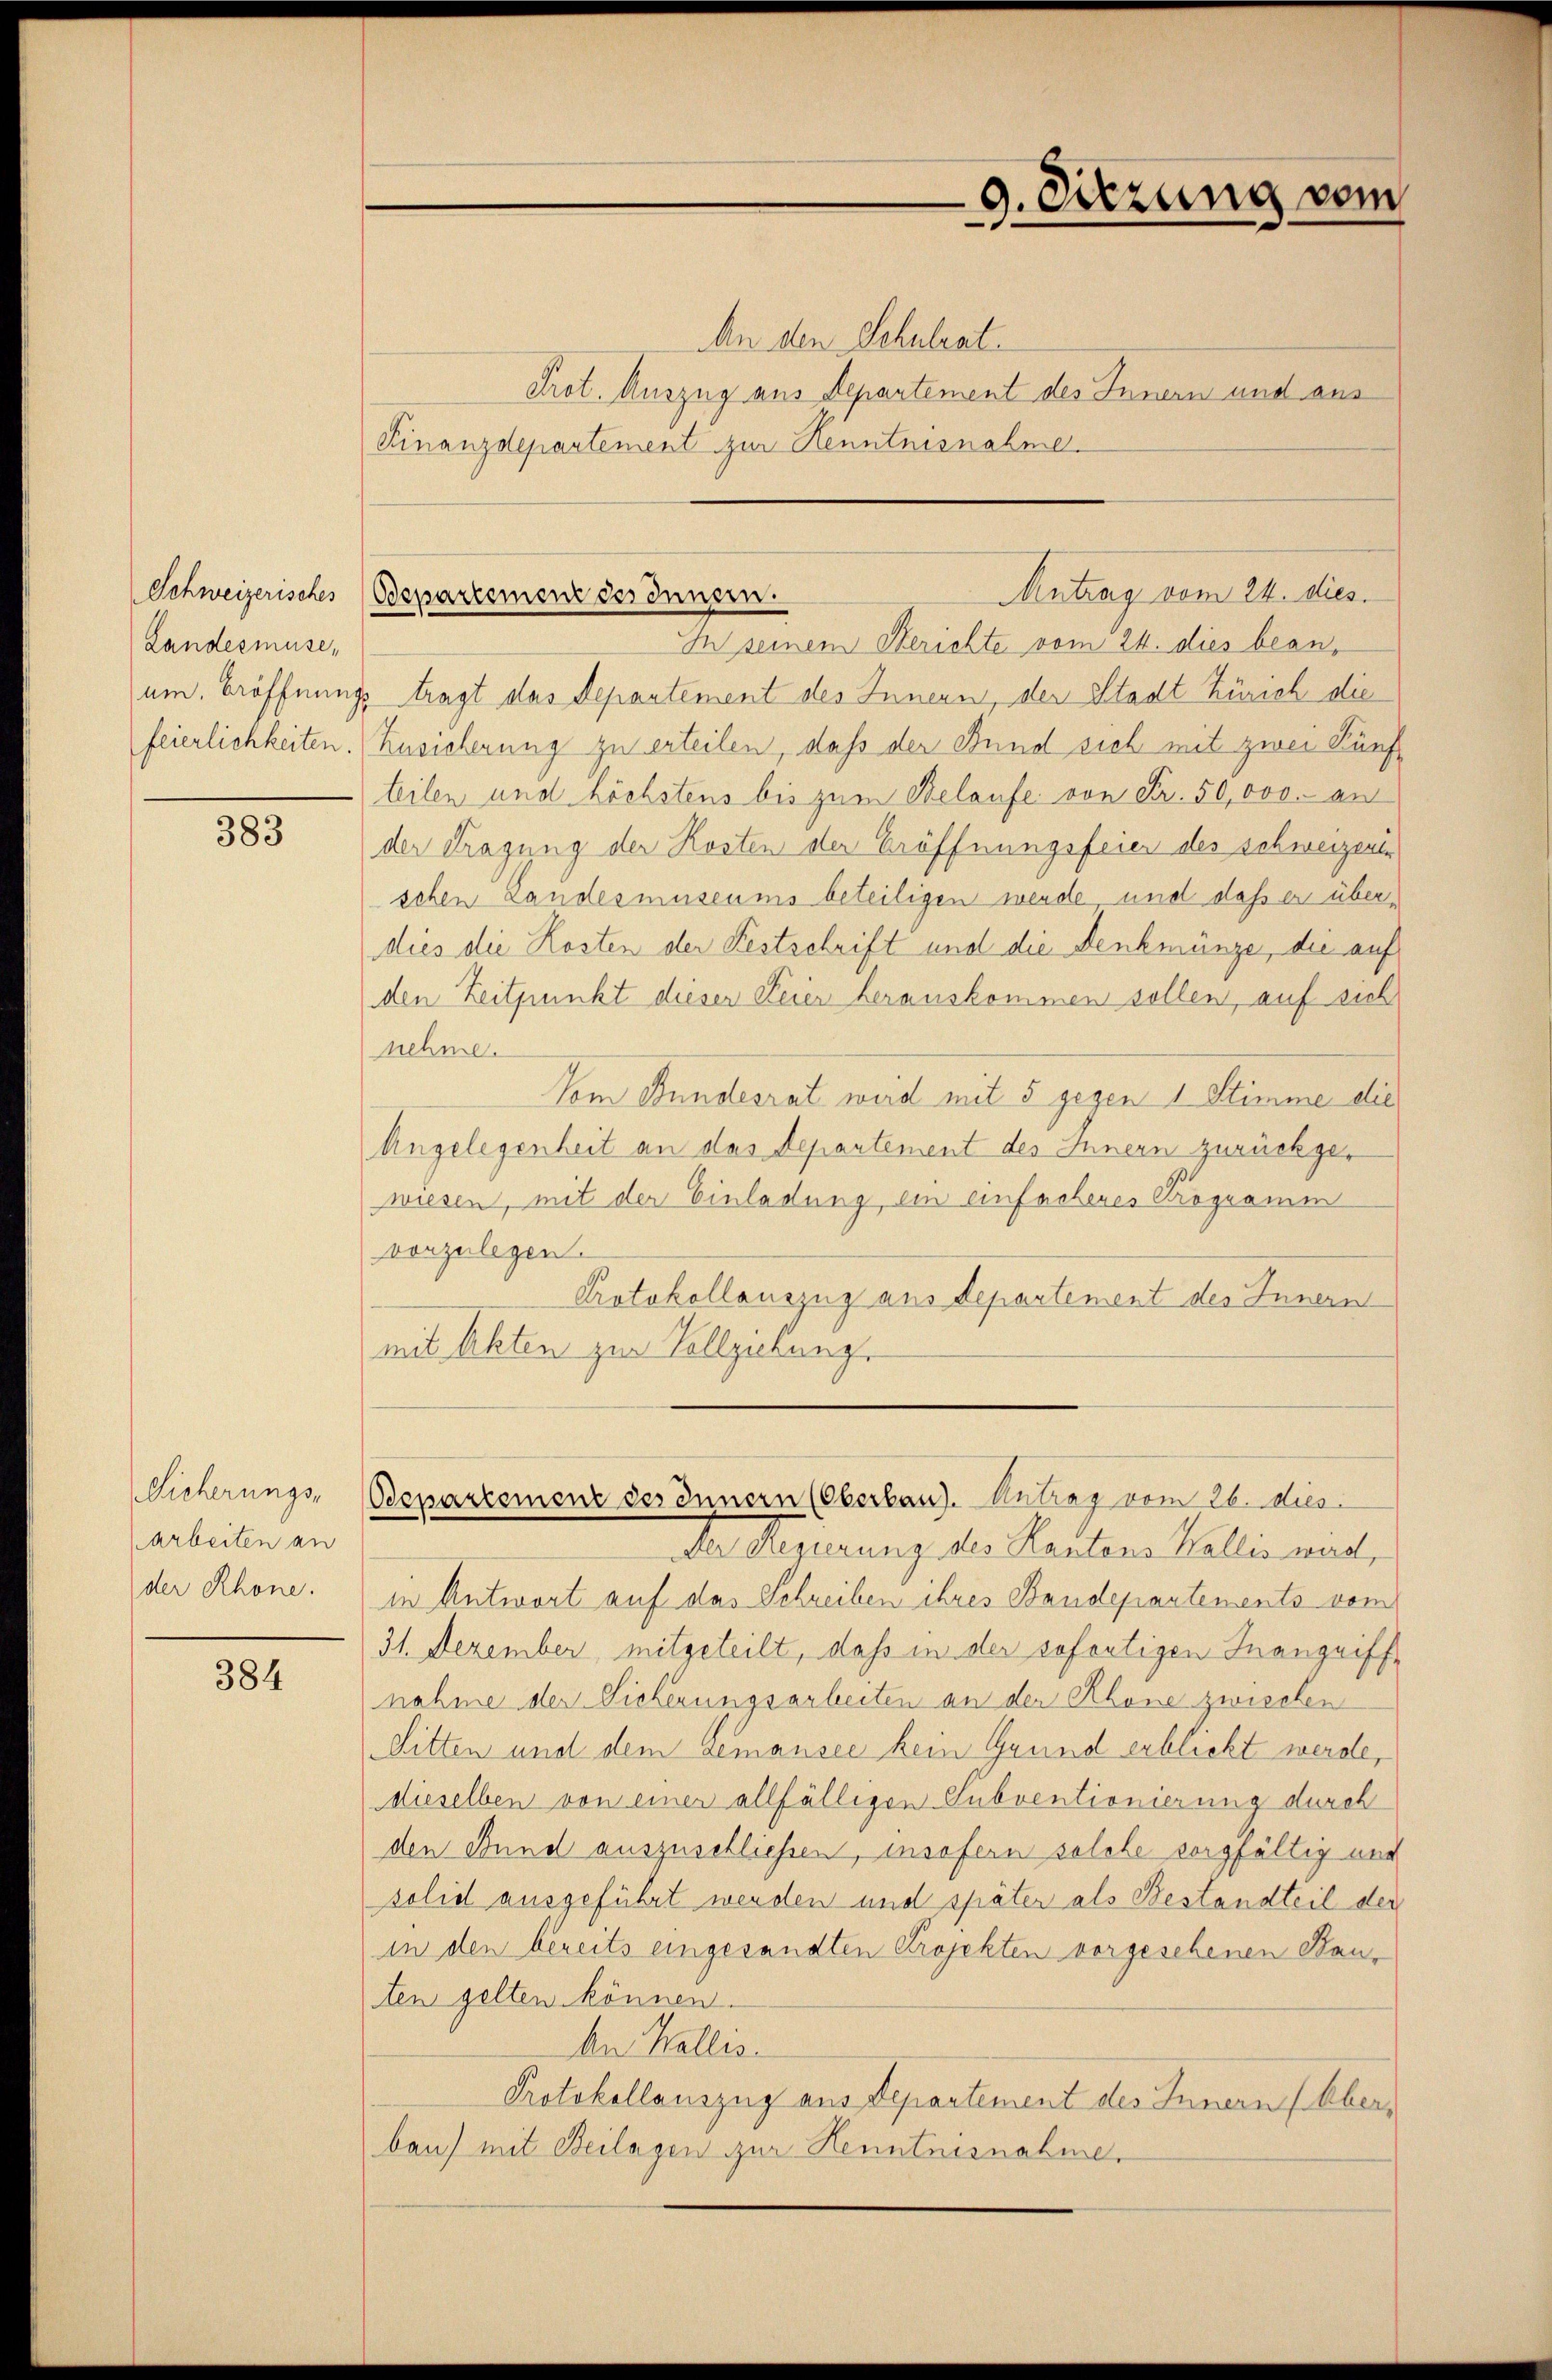
Schweizerisches
Landesmüse,
um. Eröffnun
feierlichkeiten.

383

Sicherungs-
Arbeiten an
der Rhone.

384

An den Schulrat.
Prot. Auszug aus Departement des Innern und aus
Finanzdepartement zur Kenntnisnahme.
In seinem Berichte vom 24. dies beanz. tragt das Departement des Innern, der Stadt Zürich die
Zusicherung zu erteilen, daß der Fund sich mit zwei Fünfteilen und höchstens bis zum Belaufe von Fr. 50,000.- an
der Tragung der Kosten der Eröffnungsfeier des schweizente
schen Landesmuseums beteiligen werde und daß er überdies die Kosten der Festschrift und die Denkmünze, die auf
den Zeitpunkt dieser Feier herauskommen sollen, auf sich
nehme.
Vom Bundesrat wird mit 5 gegen 1 Stimme die
Angelegenheit an das Departement des Innern zurückgewiesen, mit der Einladung, ein einfachenes Programm
vorzulegen.
Protokollauszug aus Departement des Innern
mit Akten zur Vollziehung.

9. Dierung vom

Aintrag vom 24. dies.
Odepartement des Innern.

Der Regierung des Kantons Wallis war,
in Antwort auf das Schreiben ihres Baudeparten ents vom
31. Dezember, mitgeteilt, dass in der sofortigen Inangriffnahme der Sicherungsarbeiten an der Rhone zwischen
Sitten und dem Gemansee kein Grund erblickt werde,
dieselben von einer allfälligen Subventionierung durch
den Bund auszuschließen, insofern solche sorgfältig und
solid ausgeführt werden und später als Bestandteil der
in den bereits eingesandten Projekten vorgesehenen Kanten gelten können.
An Wallis.
Protokollauszug aus Departement des Innern (Überbau) mit Beilagen zur Kenntnisnahme,

Odepartement des Innern (Oberlang. Antrag vom 26. dies